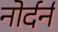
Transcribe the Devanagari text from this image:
नोर्दर्न